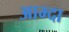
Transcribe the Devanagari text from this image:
आम्दा